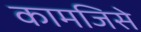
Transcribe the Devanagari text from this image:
कामजिसे